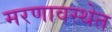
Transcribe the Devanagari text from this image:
मरणावस्थेत